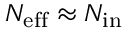
{ N _ { \mathrm { e f f } } } \approx N _ { \mathrm { i n } }